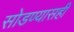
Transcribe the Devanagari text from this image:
सोडण्यासही